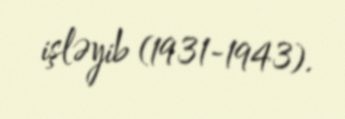
işləyib (1931-1943).